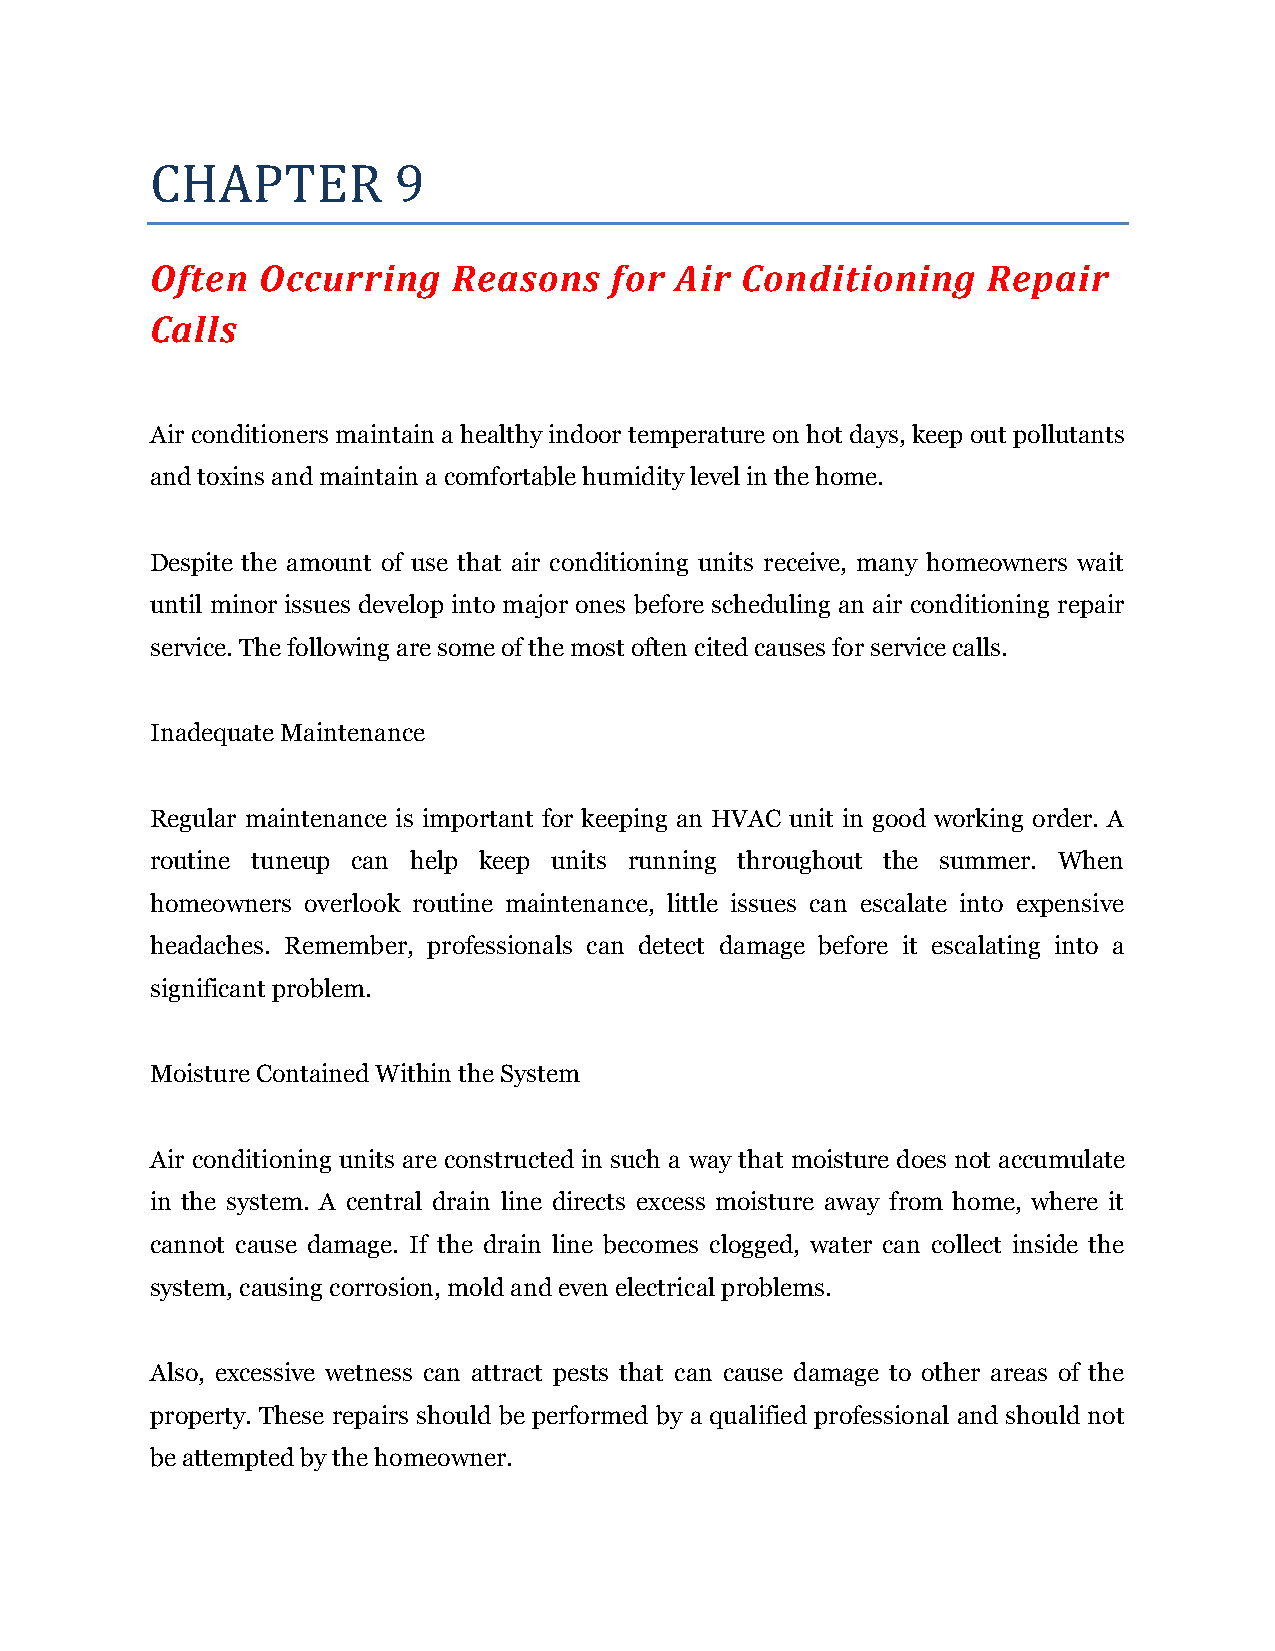
CHAPTER         9
 Often  Occurring    Reasons    for Air Conditioning    Repair
 Calls
 Air conditioners maintain a healthy indoor temperature on hot days, keep out pollutants
 and toxins and maintain a comfortable humidity level in the home.
 Despite the amount of use that air conditioning units receive, many homeowners wait
 until minor issues develop into major ones before scheduling an air conditioning repair
 service. The following are some of the most often cited causes for service calls.
 Inadequate Maintenance
 Regular maintenance is important for keeping an HVAC unit in good working order. A
 routine tuneup can help keep units running throughout the summer. When
 homeowners overlook routine maintenance, little issues can escalate into expensive
 headaches. Remember, professionals can detect damage before it escalating into a
 significant problem.
 Moisture Contained Within the System
 Air conditioning units are constructed in such a way that moisture does not accumulate
 in the system. A central drain line directs excess moisture away from home, where it
 cannot cause damage. If the drain line becomes clogged, water can collect inside the
 system, causing corrosion, mold and even electrical problems.
 Also, excessive wetness can attract pests that can cause damage to other areas of the
 property. These repairs should be performed by a qualified professional and should not
 be attempted by the homeowner.